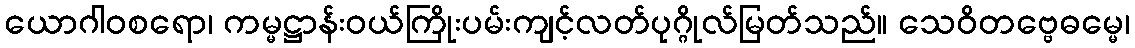
ယောဂါဝစရော၊ ကမ္မဋ္ဌာန်းဝယ်ကြိုးပမ်းကျင့်လတ်ပုဂ္ဂိုလ်မြတ်သည်။ သေဝိတဗ္ဗေဓမ္မေ၊